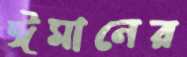
ঈমানের